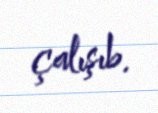
çalışıb.